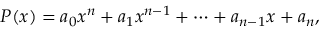
P ( x ) = a _ { 0 } x ^ { n } + a _ { 1 } x ^ { n - 1 } + \cdots + a _ { n - 1 } x + a _ { n } ,